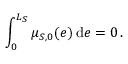
\int _ { 0 } ^ { L _ { S } } \mu _ { S , 0 } ( e ) \, \mathrm { d } e = 0 \, .